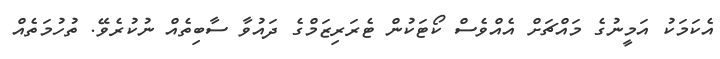
އެކަމަކު އަމީނުގެ މައްޗަށް އެއްވެސް ކޯޓަކުން ޓެރަރިޒަމްގެ ދައުވާ ސާބިތެއް ނުކުރެވޭ. ތުހުމަތެއް